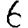
Digit: 6